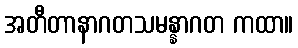
အတီတာနာဂတသမန္နာဂတ ကထာ။